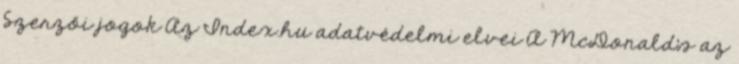
Szerzői jogok Az Index.hu adatvédelmi elvei A McDonald's az